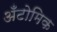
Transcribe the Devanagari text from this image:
अँटोमिक